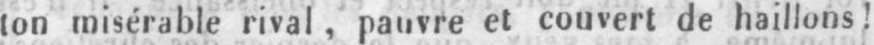
ton misérable rival, pauvre et couvert de haillons!